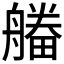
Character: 𤳔